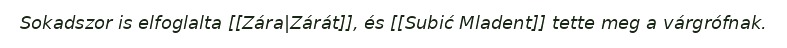
Sokadszor is elfoglalta [[Zára|Zárát]], és [[Subić Mladent]] tette meg a várgrófnak.